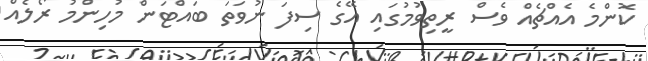
ކޮންމެ އެއްޗެއް ވެސް ރީތިވުމުގައި އޭގެ ސިފަ ނުވަތަ ބައްޓަން މުހިންމު ރޯލެއް